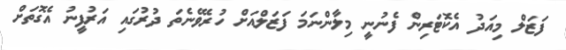
ފަޒަލް މިއަދު އެކޮޓަރިން ފެނުނީ މިލާންނަމަ ފަޒަލްއަށް ހުރެވޭނެތަ ދުރުގައި އަރުފީނު އެގޮތަށް